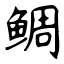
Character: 鲷